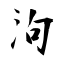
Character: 泃